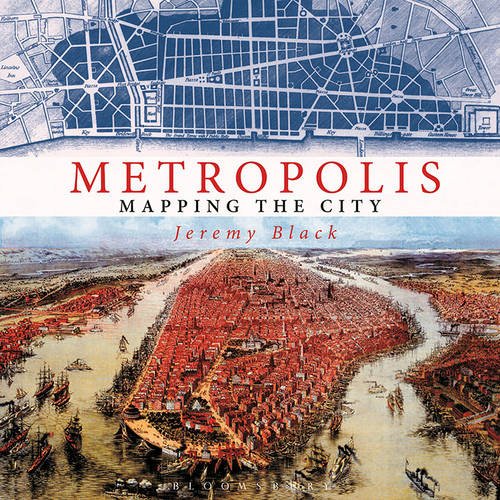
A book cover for Metropolis: Mapping the City; Jeremy Black; History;